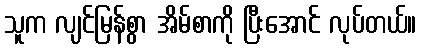
သူက လျင်မြန်စွာ အိမ်စာကို ပြီးအောင် လုပ်တယ်။